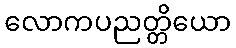
လောကပညတ္တိယော